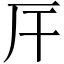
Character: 厈